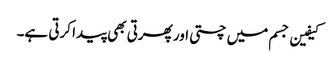
کیفین جسم میں چستی اور پھرتی بھی پیدا کرتی ہے۔